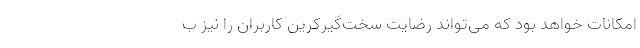
امکانات خواهد بود که می‌تواند رضایت سخت‌گیر‌کرین کاربران را نیز ب